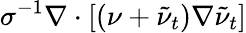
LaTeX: \sigma^{-1}\nabla\cdot[(\nu+\tilde{\nu}_{t})\nabla\tilde{\nu}_{t}]